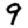
Digit: 9